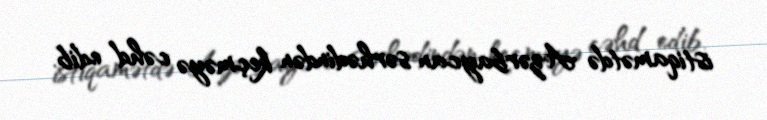
istiqamətdə Azərbaycan sərhədindən keçməyə cəhd edib.